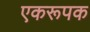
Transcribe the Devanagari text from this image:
एकरूपक